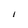
Character: I